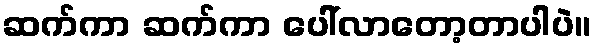
ဆက်ကာ ဆက်ကာ ပေါ်လာတော့တာပါပဲ။